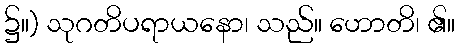
၌။) သုဂတိပရာယနော၊ သည်။ ဟောတိ၊ ၏။